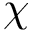
\chi